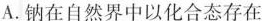
A.钠在自然界中以化合态存在